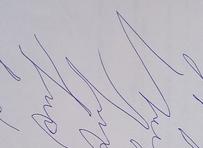
Signature authenticity: forged